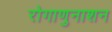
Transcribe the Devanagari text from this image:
रोगाणुनाशन